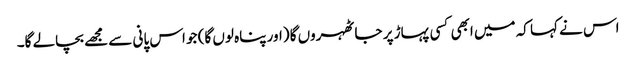
اس نے کہا کہ میں ابھی کسی پہاڑ پر جا ٹھہروں گا (اور پناہ لوں گا) جو اس پانی سے مجھے بچالے گا۔